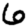
Digit: 6